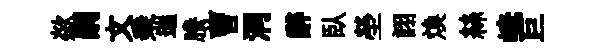
歘嗣文乗遄賸曹洞辭臥塋詡煥絲崦巨